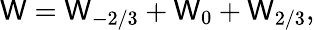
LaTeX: {\cal\mathsf{W}}={\cal\mathsf{W}}_{-{2/3}}+{\cal\mathsf{W}}_{0}+{\cal\mathsf{W}}_{2/3},